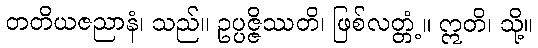
တတိယဇညာနံ၊ သည်။ ဥပ္ပဇ္ဇိဿတိ၊ ဖြစ်လတ္တံ့။ ဣတိ၊ သို့။